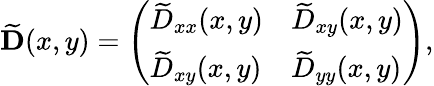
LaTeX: \widetilde{\mathbf{D}}(x,y)=\left(\begin{array}{ll}{\widetilde{D}_{xx}(x,y)}&{\widetilde{D}_{xy}(x,y)}\\ {\widetilde{D}_{xy}(x,y)}&{\widetilde{D}_{yy}(x,y)}\end{array}\right),